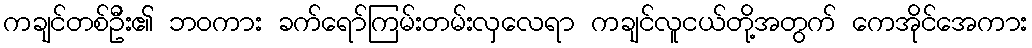
ကချင်တစ်ဦး၏ ဘဝကား ခက်ရော်ကြမ်းတမ်းလှလေရာ ကချင်လူငယ်တို့အတွက် ကေအိုင်အေကား